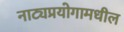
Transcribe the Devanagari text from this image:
नाट्यप्रयोगामधील